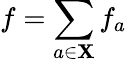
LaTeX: f=\sum_{a\in\mathbf{X}}f_{a}